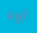
أوه